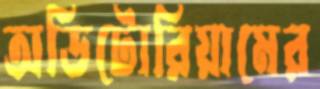
অডিটোরিয়ামের